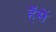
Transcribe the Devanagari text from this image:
हॅसें